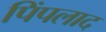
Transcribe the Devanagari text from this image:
पिंपलाद